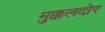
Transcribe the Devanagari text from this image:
मुक्कलदोर